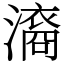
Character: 㵝